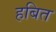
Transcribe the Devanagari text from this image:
हबित